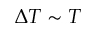
\Delta T \sim T